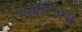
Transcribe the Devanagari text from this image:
मेलेटिअस